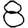
Digit: 8